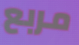
مربع